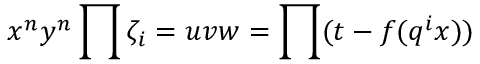
x ^ { n } y ^ { n } \prod \zeta _ { i } = u v w = \prod ( t - f ( q ^ { i } x ) )